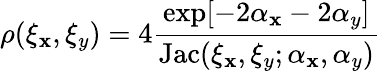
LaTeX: \rho(\xi_{\mathbf{x}},\xi_{y})=4\frac{{\exp[-2\alpha_{\mathbf{x}}-2\alpha_{y}]}}{{\mathrm{{Jac}}(\xi_{\mathbf{x}},\xi_{y};\alpha_{\mathbf{x}},\alpha_{y})}}